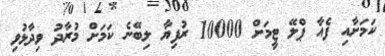
ކަމަށާއި ފެއާ ޕްލޭ ޓީމަށް 10000 ރުފިޔާ ލިބޭނެ ކަމަށް މުރާދު ވިދާޅުވި